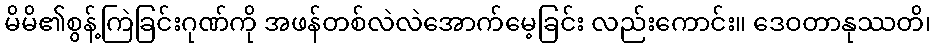
မိမိ၏စွန့်ကြဲခြင်းဂုဏ်ကို အဖန်တစ်လဲလဲအောက်မေ့ခြင်း လည်းကောင်း။ ဒေဝတာနုဿတိ၊